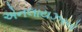
એનલાયઝરનો